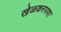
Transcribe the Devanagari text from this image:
खेळकरपणा